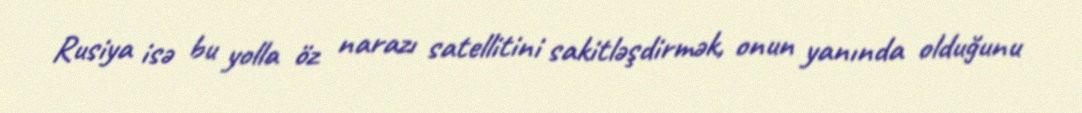
Rusiya isə bu yolla öz narazı satellitini sakitləşdirmək, onun yanında olduğunu